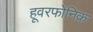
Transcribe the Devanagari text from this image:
हूवरफोनिक